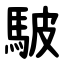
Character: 駊